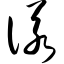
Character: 偌